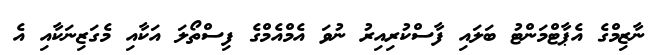
ނާޒިމްގެ އެޕާޓްމަންޓު ބަލައި ފާސްކުރިިއިރު ނުވަ އެމްއެމްގެ ފިސްތޯލަ އަކާއި މެގަޒިނަކާއި އެ